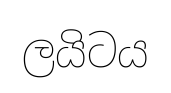
ලයිටය